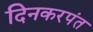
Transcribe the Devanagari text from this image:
दिनकरपंत